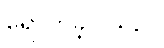
ရောက်ခဲ့ပါသည်